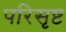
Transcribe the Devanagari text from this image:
परिसृष्ट